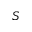
S